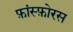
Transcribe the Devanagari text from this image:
फ़ांस्फ़ोरस